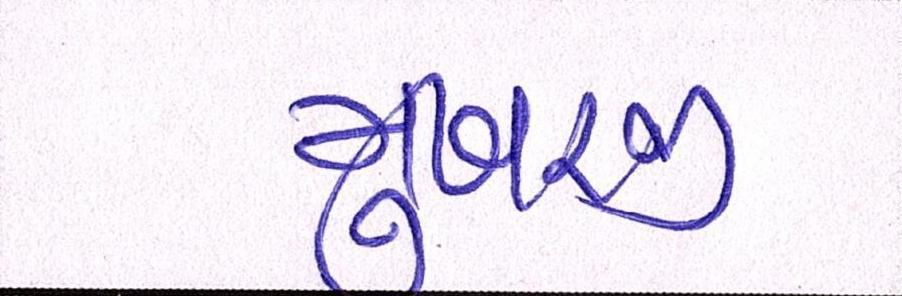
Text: મુખરજી